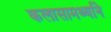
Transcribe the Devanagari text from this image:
कलासामर्थ्याने